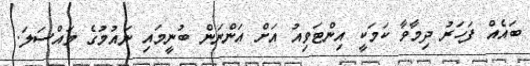
ބައެއް ފަހަރު ދިމާވާ ކަމަކީ އިންޓަވިއު އަށް އަންނަން ބުނީމައި ނައުމުގެ މައްސަލަ.